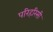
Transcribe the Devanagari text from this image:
परिहरिसी